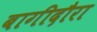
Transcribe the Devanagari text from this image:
बागीदौरा